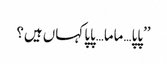
’’پاپا…ماما…پاپا کہاں ہیں؟